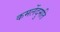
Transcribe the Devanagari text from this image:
कमलेंदुमति